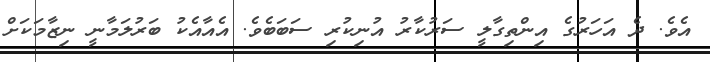
އެވެ. ދެ އަހަރުގެ އިންތިގާލީ ސަރުކާރު އުނިކުރި ސަބަބެވެ. އެއާއެކު ބަރުލަމާނީ ނިޒާމަކަށް